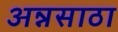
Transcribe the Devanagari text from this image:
अन्नसाठा